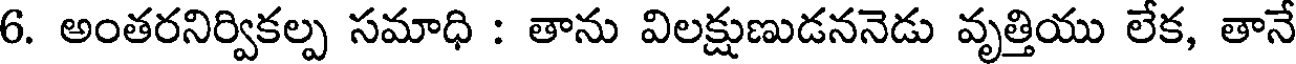
6. అంతరనిర్వికల్ప సమాధి : తాను విలక్షుణుడననెడు వృత్తియు లేక, తానే